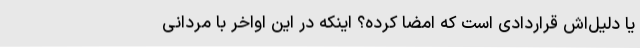
یا دلیل‌اش قراردادی است که امضا کرده؟ اینکه در این اواخر با مردانی